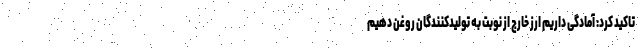
تاکید کرد: آمادگی داریم ارز خارج از نوبت به تولیدکنندگان روغن دهیم